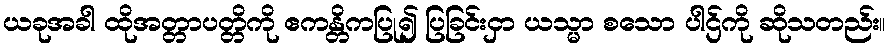
ယခုအခါ ထိုအတ္တာပတ္တိကို ဧကန္တိကပြု၍ ပြခြင်းငှာ ယသ္မာ စသော ပါဌ်ကို ဆိုသတည်း။